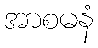
အာစမနံ